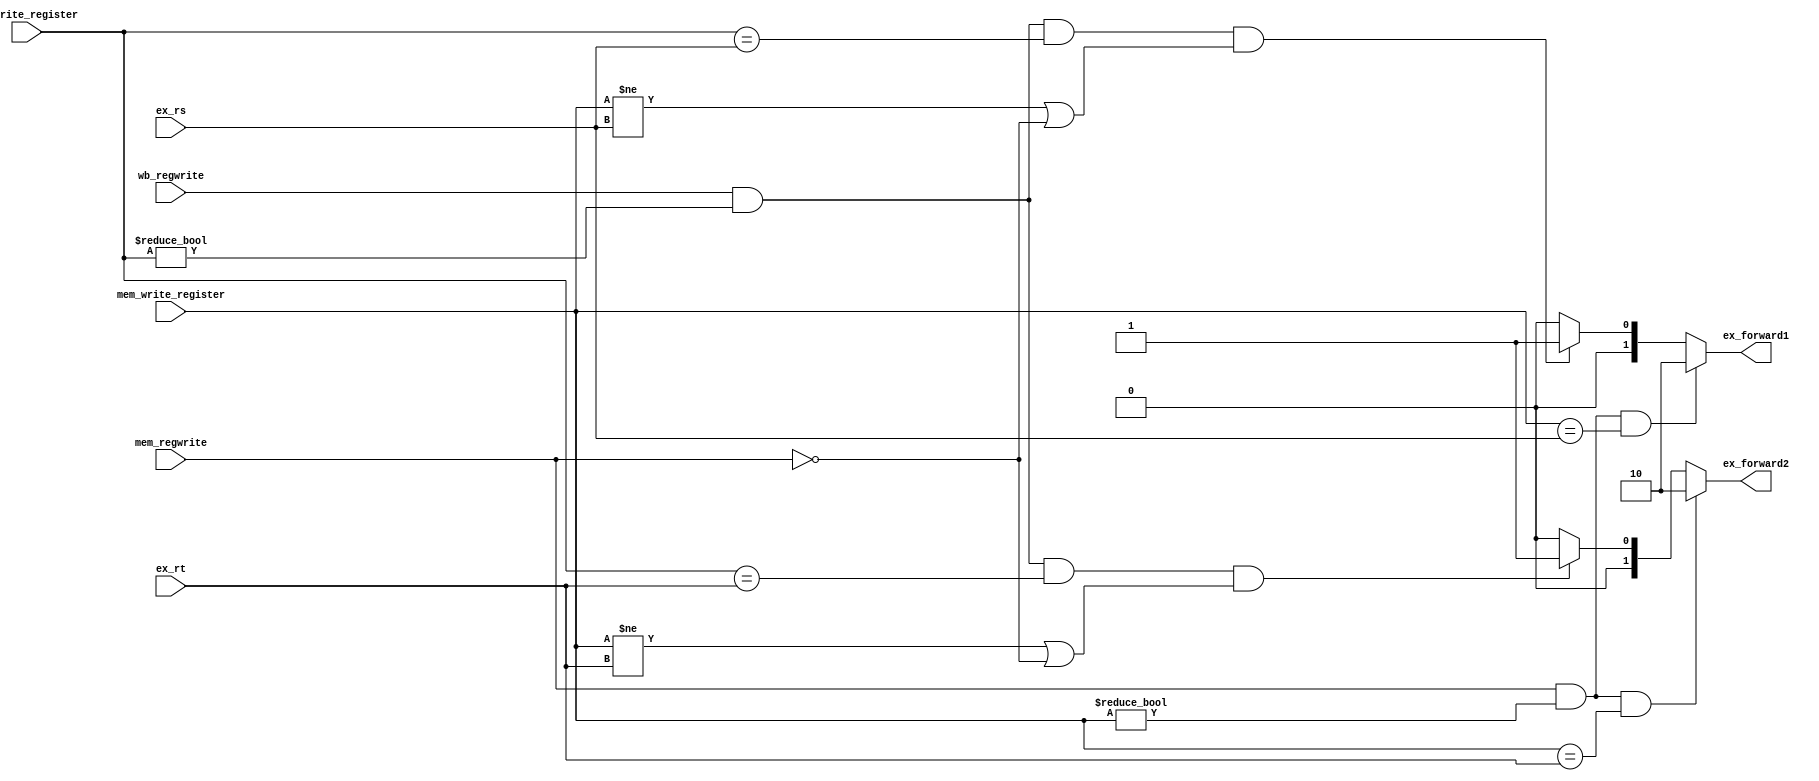
`timescale 1ns / 1ps
//////////////////////////////////////////////////////////////////////////////////
// Company: 
// Engineer: 
// 
// Design Name: 
// Module Name: EX_FORWARD
// Project Name: 
// Target Devices: 
// Tool Versions: 
// Description: 
// 
// Dependencies: 
// 
// Revision:
// Revision 0.01 - File Created
// Additional Comments:
// 
//////////////////////////////////////////////////////////////////////////////////


module EX_FORWARD(
    input wire mem_regwrite,
    input wire[4:0] mem_write_register,
    input wire[4:0] ex_rs,
    input wire[4:0] ex_rt,
    input wire wb_regwrite,
    input wire[4:0]wb_write_register,
    output reg[1:0]ex_forward1,
    output reg[1:0]ex_forward2
    );
    always@(*)begin
    if(mem_regwrite && mem_write_register!=0&& mem_write_register==ex_rs )
    ex_forward1 = 2'b10;
    else if(wb_regwrite &&  wb_write_register!=0&&wb_write_register==ex_rs && (mem_write_register !=ex_rs || mem_regwrite!=1))
    ex_forward1 = 2'b01;
    else
    ex_forward1 = 2'b00;
    
    if(mem_regwrite && mem_write_register!=0&&mem_write_register == ex_rt)
    ex_forward2 = 2'b10;
    else if(wb_regwrite && wb_write_register!=0 &&wb_write_register == ex_rt&&(mem_write_register !=ex_rt ||mem_regwrite !=1))
    ex_forward2 = 2'b01;
    else
    ex_forward2 = 2'b00;
    end
endmodule